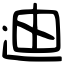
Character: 迪